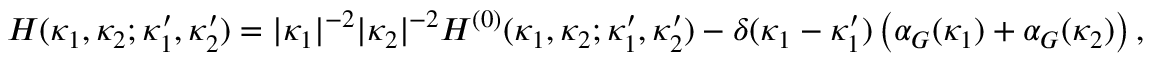
{ \cal H } ( \kappa _ { 1 } , \kappa _ { 2 } ; \kappa _ { 1 } ^ { \prime } , \kappa _ { 2 } ^ { \prime } ) = \vert \kappa _ { 1 } \vert ^ { - 2 } \vert \kappa _ { 2 } \vert ^ { - 2 } { \cal H } ^ { ( 0 ) } ( \kappa _ { 1 } , \kappa _ { 2 } ; \kappa _ { 1 } ^ { \prime } , \kappa _ { 2 } ^ { \prime } ) - \delta ( \kappa _ { 1 } - \kappa _ { 1 } ^ { \prime } ) \left( \alpha _ { G } ( \kappa _ { 1 } ) + \alpha _ { G } ( \kappa _ { 2 } ) \right) ,